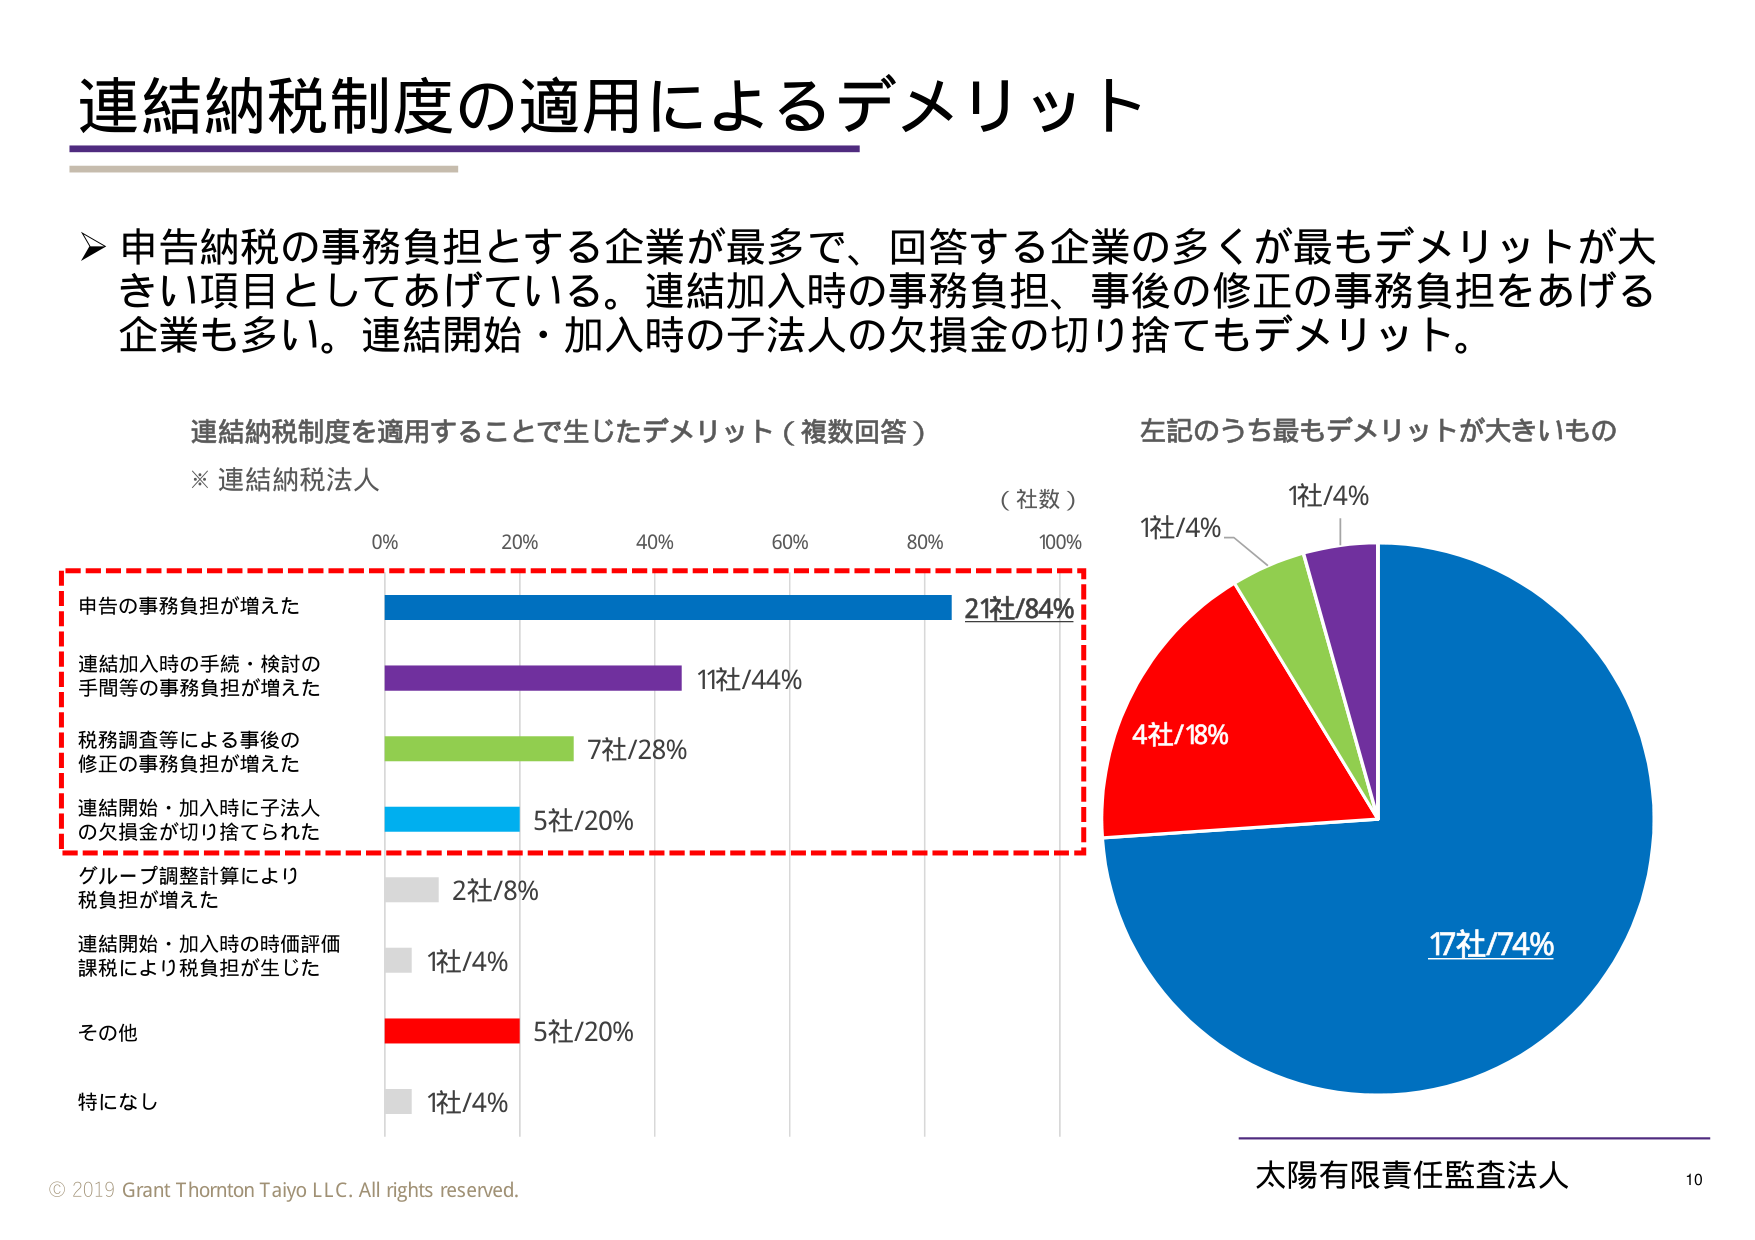
連結納税制度の適用によるデメリット

▶ 申告納税の事務負担とする企業が最多で、回答する企業の多くが最もデメリットが大きい項目としてあげている。連結加入時の事務負担、事後の修正の事務負担をあげる企業も多い。連結開始・加入時の子法人の欠損金の切り捨てもデメリット。

連結納税制度を適用することで生じたデメリット（複数回答）
※ 連結納税法人

（社数）
0% 20% 40% 60% 80% 100%

申告の事務負担が増えた 21社/84%
連結加入時の手続・検討の
手間等の事務負担が増えた 11社/44%
税務調査等による事後の
修正の事務負担が増えた 7社/28%
連結開始・加入時に子法人
の欠損金が切り捨てられた 5社/20%
グループ調整計算により
税負担が増えた 2社/8%
連結開始・加入時の時価評価
課税により税負担が生じた 1社/4%
その他 5社/20%
特になし 1社/4%

左記のうち最もデメリットが大きいもの

1社/4%
1社/4%
4社/18%
17社/74%

© 2019 Grant Thornton Taiyo LLC. All rights reserved.
太陽有限責任監査法人 10